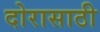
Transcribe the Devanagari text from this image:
दोरासाठी